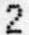
2